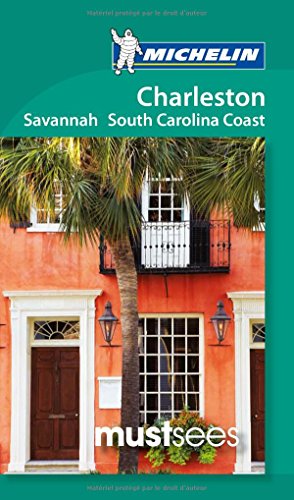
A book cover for Michelin Must Sees Charleston, Savannah and the South Carolina Coast (Must See Guides/Michelin); Michelin; Travel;